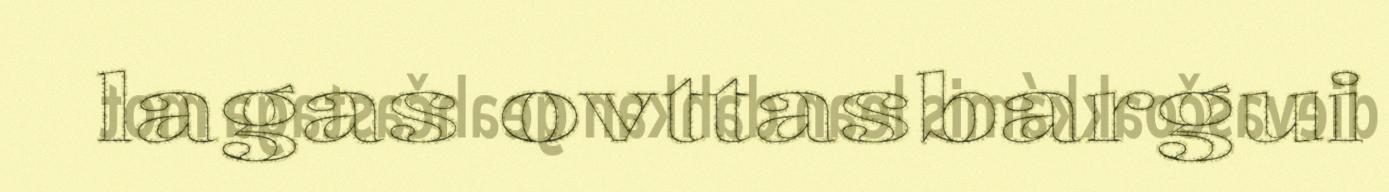
lagas ovttasbargui